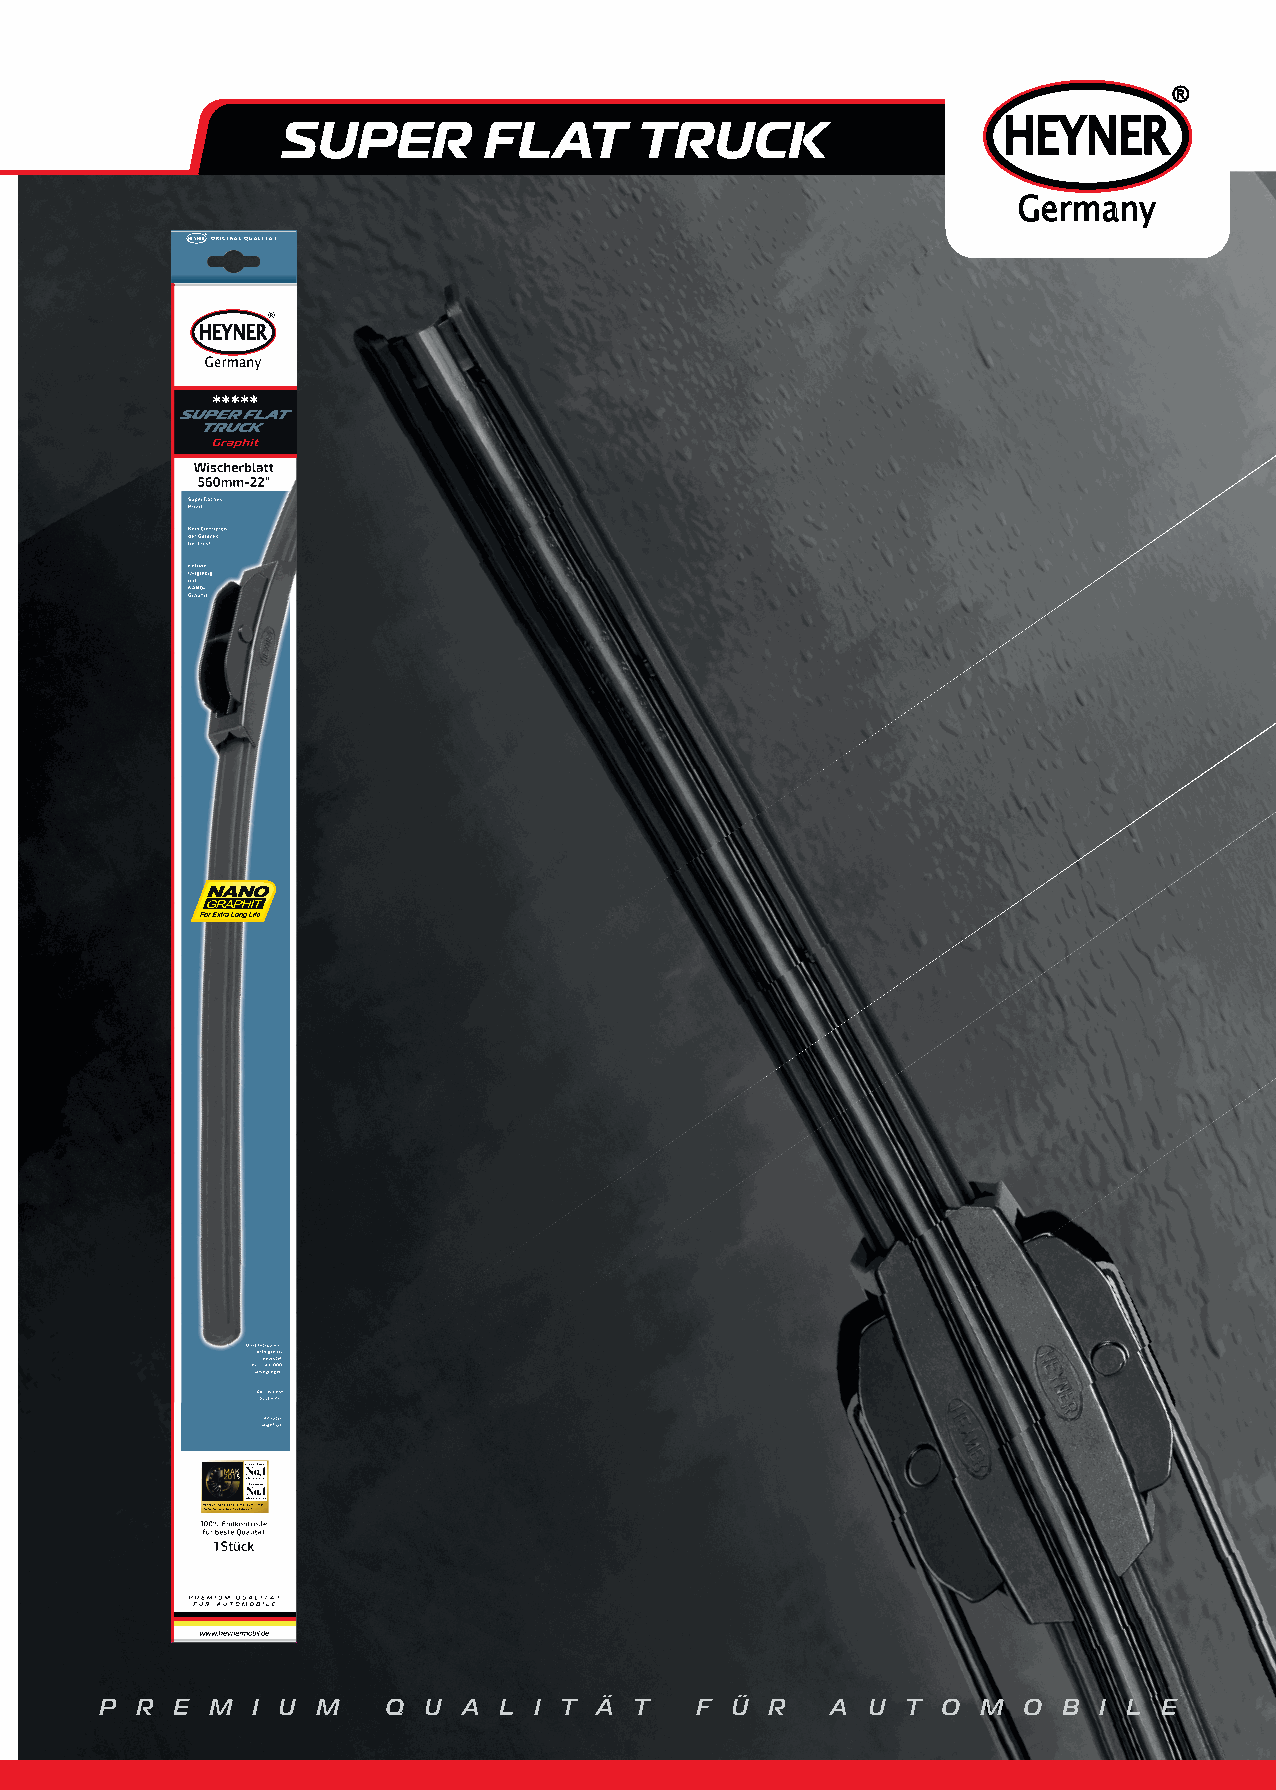
®
 SUPER        FLAT      TRUCK                   HEYNER
 Germany
 HEYNER®ORIGINAL QUALITÄT
 P R E  M  I U M   Q  U  A L I T Ä  T   F Ü  R   A U  T O  M  O B  I L E